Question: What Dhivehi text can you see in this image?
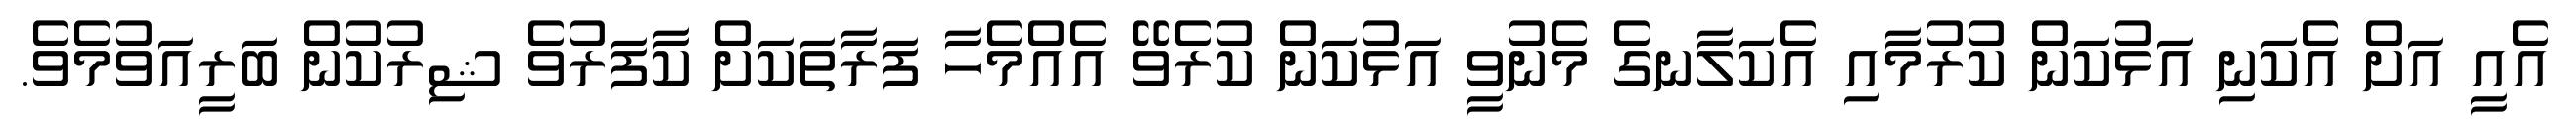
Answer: އެއީ އަށް އެކަނި އަޅުކަން ކުރުމާއި އެކަލާނގެ މެނުވީ އަޅުކަން ކުރެވޭ އެއްމެހާ ފަރާތަކަށް ކާފަރުވެ ޝިރުކުން ބަރީއަވުމެވެ.